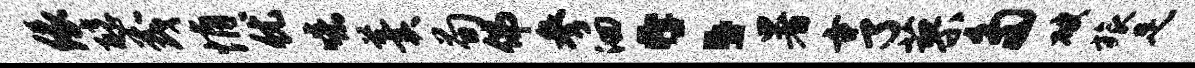
缘醇茂悄优噫羹荀佛参洄：暑亨蓼多破旅足